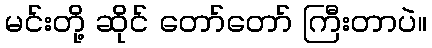
မင်းတို့ ဆိုင် တော်တော် ကြီးတာပဲ။